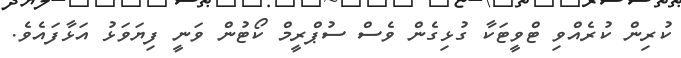
ކުރިން ކުރެއްވި ޓްވީޓަކާ ގުޅިގެން ވެސް ސުޕްރީމް ކޯޓުން ވަނީ ފިޔަވަޅު އަޅާފައެވެ.